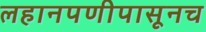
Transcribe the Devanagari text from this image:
लहानपणीपासूनच